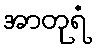
အာတုရံ